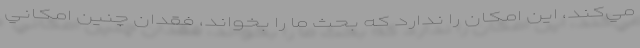
مي‌كند، اين امكان را ندارد كه بحث ما را بخواند، فقدان چنين امكاني